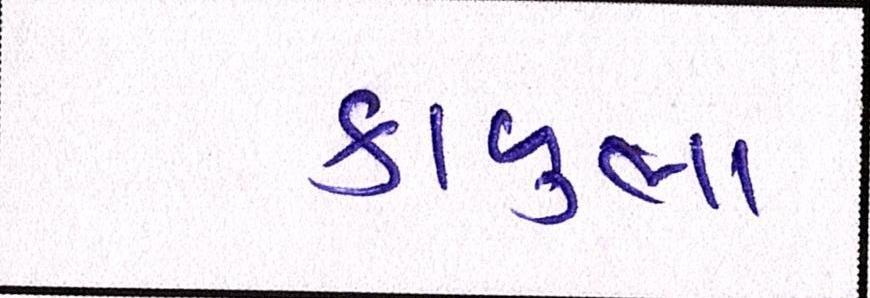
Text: કાળુભા